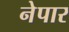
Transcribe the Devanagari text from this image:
नेपार